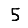
Digit: 5